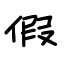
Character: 假